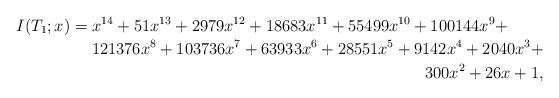
LaTeX: \begin{align*}I(T_1;x) =\!\begin{multlined}[t] x^{14} + 51x^{13} + 2979x^{12} + 18683x^{11} + 55499x^{10} + 100144x^9 + \\ 121376x^8 + 103736x^7 + 63933x^6 + 28551x^5 + 9142x^4 + 2040x^3 + \\ 300x^2 + 26x + 1,\end{multlined}\end{align*}